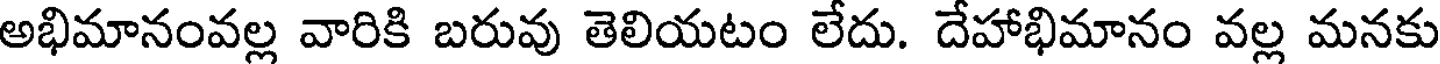
అభిమానంవల్ల వారికి బరువు తెలియటం లేదు. దేహాభిమానం వల్ల మనకు